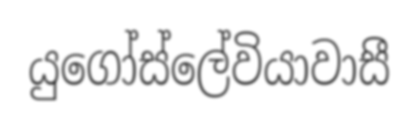
යුගෝස්ලේවියාවාසී